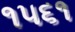
૧૫૬૧